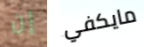
إن مايكفي